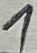
Text: 1